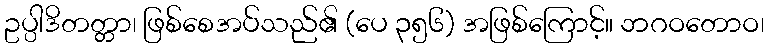
ဥပ္ပါဒိတတ္တာ၊ ဖြစ်စေအပ်သည်၏ (ပေ ၃၅၆) အဖြစ်ကြောင့်။ ဘဂဝတောဝ၊